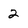
Character: 2